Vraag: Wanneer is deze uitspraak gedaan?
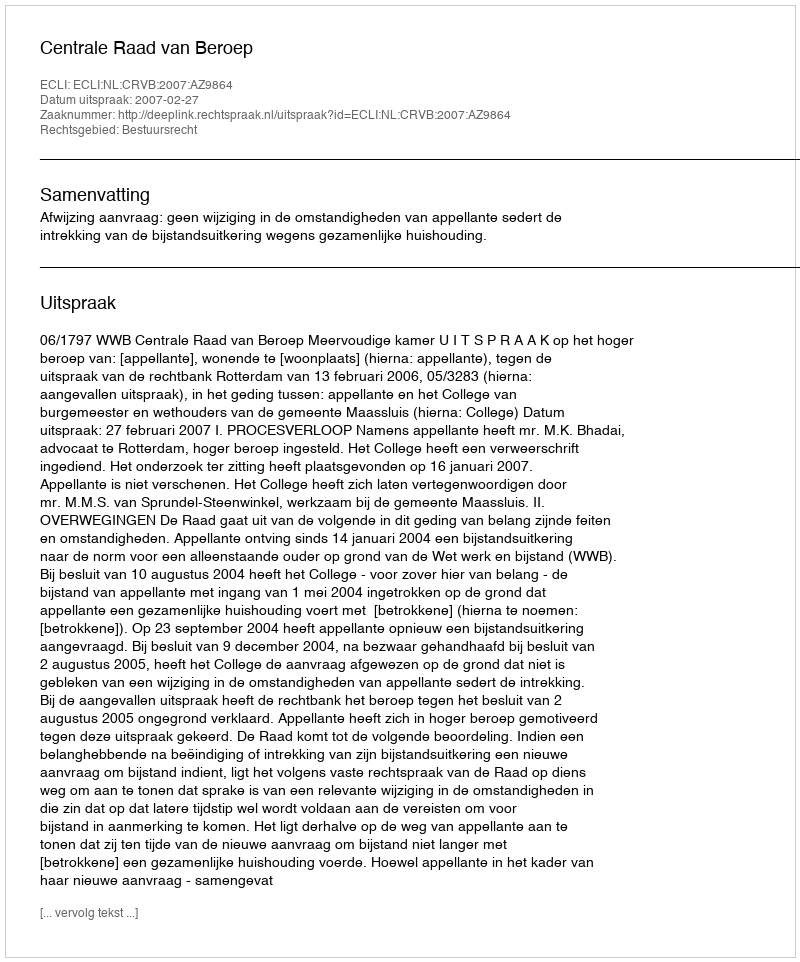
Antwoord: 2007-02-27